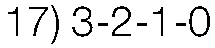
17) 3-2-1-0